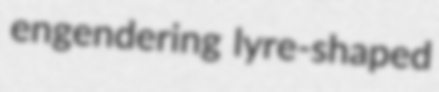
engendering lyre-shaped